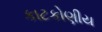
કાટકોણીય